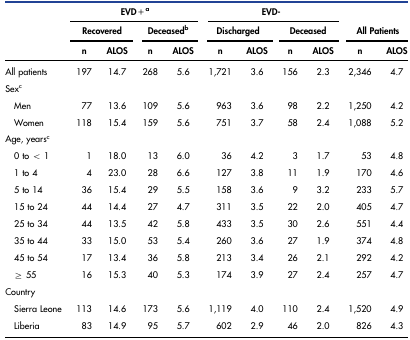
<table><thead><tr><td></td><td colspan="4"><b>EVD+a</b></td><td colspan="4"><b>EVD-</b></td><td rowspan="2" colspan="2"><b>All Patients</b></td></tr><tr><td></td><td colspan="2"><b>Recovered</b></td><td colspan="2"><b>Deceasedb</b></td><td colspan="2"><b>Discharged</b></td><td colspan="2"><b>Deceased</b></td></tr><tr><td></td><td><b>n</b></td><td><b>ALOS</b></td><td><b>n</b></td><td><b>ALOS</b></td><td><b>n</b></td><td><b>ALOS</b></td><td><b>n</b></td><td><b>ALOS</b></td><td><b>n</b></td><td><b>ALOS</b></td></tr></thead><tbody><tr><td>All patients</td><td>197</td><td>14.7</td><td>268</td><td>5.6</td><td>1,721</td><td>3.6</td><td>156</td><td>2.3</td><td>2,346</td><td>4.7</td></tr><tr><td>Sexc</td><td></td><td></td><td></td><td></td><td></td><td></td><td></td><td></td><td></td><td></td></tr><tr><td> Men</td><td>77</td><td>13.6</td><td>109</td><td>5.6</td><td>963</td><td>3.6</td><td>98</td><td>2.2</td><td>1,250</td><td>4.2</td></tr><tr><td> Women</td><td>118</td><td>15.4</td><td>159</td><td>5.6</td><td>751</td><td>3.7</td><td>58</td><td>2.4</td><td>1,088</td><td>5.2</td></tr><tr><td>Age, yearsc</td><td></td><td></td><td></td><td></td><td></td><td></td><td></td><td></td><td></td><td></td></tr><tr><td> 0 to &lt; 1</td><td>1</td><td>18.0</td><td>13</td><td>6.0</td><td>36</td><td>4.2</td><td>3</td><td>1.7</td><td>53</td><td>4.8</td></tr><tr><td> 1 to 4</td><td>4</td><td>23.0</td><td>28</td><td>6.6</td><td>127</td><td>3.8</td><td>11</td><td>1.9</td><td>170</td><td>4.6</td></tr><tr><td> 5 to 14</td><td>36</td><td>15.4</td><td>29</td><td>5.5</td><td>158</td><td>3.6</td><td>9</td><td>3.2</td><td>233</td><td>5.7</td></tr><tr><td> 15 to 24</td><td>44</td><td>14.4</td><td>27</td><td>4.7</td><td>311</td><td>3.5</td><td>22</td><td>2.0</td><td>405</td><td>4.7</td></tr><tr><td> 25 to 34</td><td>44</td><td>13.5</td><td>42</td><td>5.8</td><td>433</td><td>3.5</td><td>30</td><td>2.6</td><td>551</td><td>4.4</td></tr><tr><td> 35 to 44</td><td>33</td><td>15.0</td><td>53</td><td>5.4</td><td>260</td><td>3.6</td><td>27</td><td>1.9</td><td>374</td><td>4.8</td></tr><tr><td> 45 to 54</td><td>17</td><td>13.4</td><td>36</td><td>5.8</td><td>213</td><td>3.4</td><td>26</td><td>2.1</td><td>292</td><td>4.2</td></tr><tr><td> ≥ 55</td><td>16</td><td>15.3</td><td>40</td><td>5.3</td><td>174</td><td>3.9</td><td>27</td><td>2.4</td><td>257</td><td>4.7</td></tr><tr><td>Country</td><td></td><td></td><td></td><td></td><td></td><td></td><td></td><td></td><td></td><td></td></tr><tr><td> Sierra Leone</td><td>113</td><td>14.6</td><td>173</td><td>5.6</td><td>1,119</td><td>4.0</td><td>110</td><td>2.4</td><td>1,520</td><td>4.9</td></tr><tr><td> Liberia</td><td>83</td><td>14.9</td><td>95</td><td>5.7</td><td>602</td><td>2.9</td><td>46</td><td>2.0</td><td>826</td><td>4.3</td></tr></tbody></table>